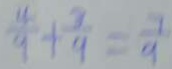
\frac { 4 } { 9 } + \frac { 3 } { 9 } = \frac { 1 } { 9 }